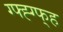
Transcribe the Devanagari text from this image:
ग्फ्ह्ग्फ्ह